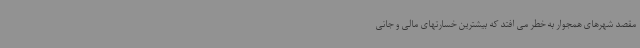
مقصد شهرهای همجوار به خطر می افتد که بیشترین خسارتهای مالی و جانی